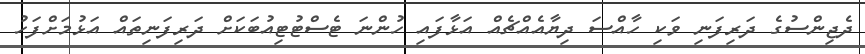
ދެޖިންސުގެ ދަރިފަނި ވަކި ހާއްސަ ދިޔާއެއްޗެއް އަޅާފައި ހުންނަ ޓެސްޓުޓިއުބަކަށް ދަރިފަނިތައް އަޅުމަށްފަހު